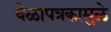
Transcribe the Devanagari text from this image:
वेळापत्रकामुळे